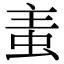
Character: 𧉶